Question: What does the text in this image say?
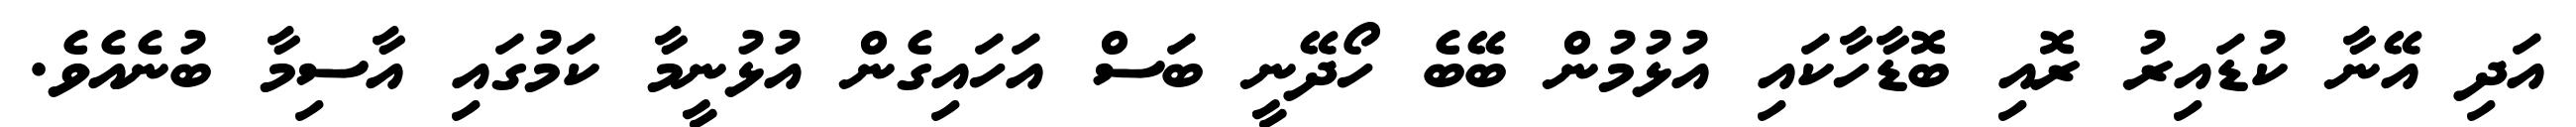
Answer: އަދި އޭނާ ކުޑައިރު ރޮއި ބޮޑާހާކައި އުޅުމުން ބޭބެ ހޯދޭނީ ބަސް އަހައިގެން އުޅުނީމާ ކަމުގައި އާސިމާ ބުނެއެވެ.